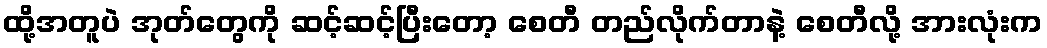
ထို့အတူပဲ အုတ်တွေကို ဆင့်ဆင့်ပြီးတော့ စေတီ တည်လိုက်တာနဲ့ စေတီလို့ အားလုံးက